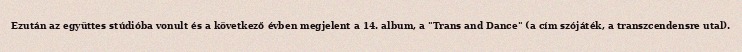
Ezután az együttes stúdióba vonult és a következő évben megjelent a 14. album, a "Trans and Dance" (a cím szójáték, a transzcendensre utal).